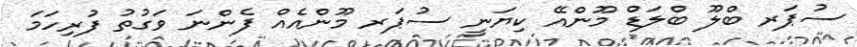
ސުޕަރ ބްލޫ ބްލަޑް މޫންއޭ ކިޔަނީ ސުޕަރ މޫންއެއް ފެންނަ ވަގުތު ފުރިހަމަ